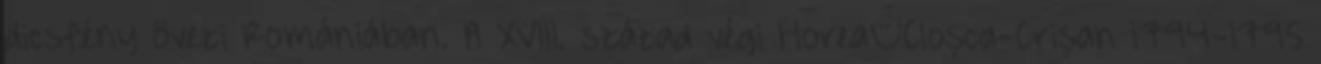
dicsfény övezi Romániában. A XVIII. század végi Horea–Cloșca-Crișan 1794-1795